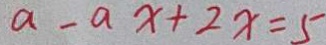
a - a x + 2 x = 5